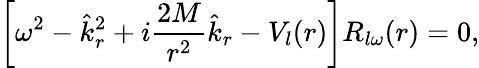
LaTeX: \left[\omega^{2}-\hat{k}_{r}^{2}+i{\frac{2M}{r^{2}}}\hat{k}_{r}-V_{l}(r)\right]R_{l\omega}(r)=0,